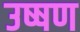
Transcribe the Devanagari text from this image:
उष्षण